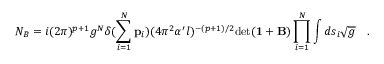
N _ { B } = i ( 2 \pi ) ^ { p + 1 } g ^ { N } \delta ( \sum _ { i = 1 } ^ { N } { \bf p } _ { i } ) ( 4 \pi ^ { 2 } \alpha ^ { \prime } l ) ^ { - ( p + 1 ) / 2 } \mathrm { d e t } ( { \bf 1 } + { \bf B } ) \prod _ { i = 1 } ^ { N } \int d s _ { i } { \sqrt { g } } \quad .